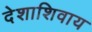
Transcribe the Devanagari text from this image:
देशाशिवाय